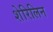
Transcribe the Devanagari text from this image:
शेरिलिन